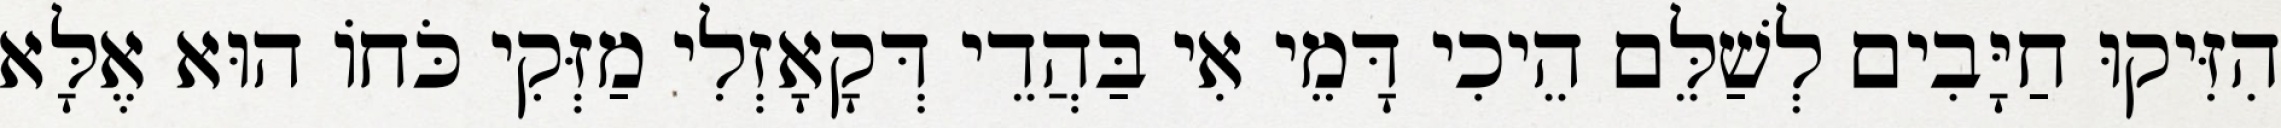
הִזִּיקוּ חַיָּבִים לְשַׁלֵּם הֵיכִי דָּמֵי אִי בַּהֲדֵי דְּקָאָזְלִי מַזְּקִי כֹּחוֹ הוּא אֶלָּא